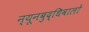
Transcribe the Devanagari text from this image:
न्यूनबुद्धिवालों